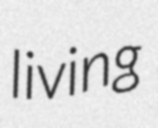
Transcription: living